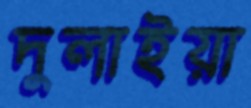
দুলাইয়া